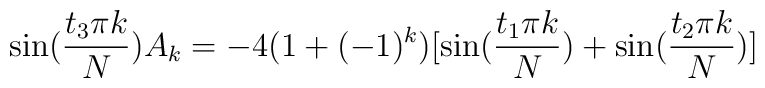
\sin(\frac{t_3\pi k}N )A_k= -4(1+(-1)^k )[\sin(\frac{t_1\pi k}N) +\sin(\frac{t_2\pi k}N )]